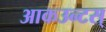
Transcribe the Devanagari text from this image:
आकउन्टस्